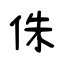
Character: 侏